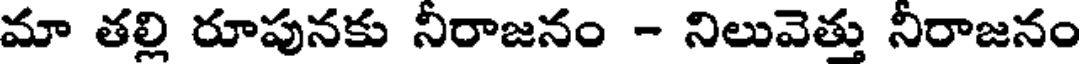
మా తల్లి రూపునకు నీరాజనం - నిలువెత్తు నీరాజనం